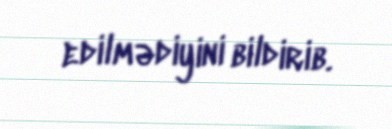
edilmədiyini bildirib.